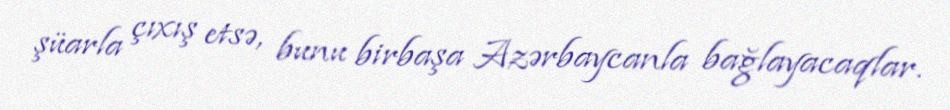
şüarla çıxış etsə, bunu birbaşa Azərbaycanla bağlayacaqlar.